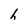
Character: h